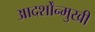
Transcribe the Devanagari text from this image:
आदर्शोंन्मुखी